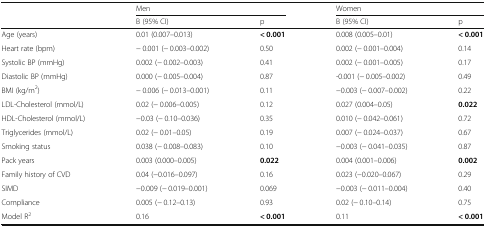
<table><thead><tr><td rowspan="2"></td><td colspan="2"><b>Men</b></td><td colspan="2"><b>Women</b></td></tr><tr><td><b>B (95% CI)</b></td><td><b>p</b></td><td><b>B (95% CI)</b></td><td><b>p</b></td></tr></thead><tbody><tr><td>Age (years)</td><td>0.01 (0.007–0.013)</td><td><b>&lt; 0.001</b></td><td>0.008 (0.005–0.01)</td><td><b>&lt; 0.001</b></td></tr><tr><td>Heart rate (bpm)</td><td>− 0.001 (− 0.003–0.002)</td><td>0.50</td><td>0.002 (− 0.001–0.004)</td><td>0.14</td></tr><tr><td>Systolic BP (mmHg)</td><td>0.002 (− 0.002–0.003)</td><td>0.41</td><td>0.002 (− 0.001–0.005)</td><td>0.17</td></tr><tr><td>Diastolic BP (mmHg)</td><td>0.000 (− 0.005–0.004)</td><td>0.87</td><td>-0.001 (− 0.005–0.002)</td><td>0.49</td></tr><tr><td>BMI (kg/m<sup>2</sup>)</td><td>− 0.006 (− 0.013–0.001)</td><td>0.11</td><td>−0.003 (− 0.007–0.002)</td><td>0.22</td></tr><tr><td>LDL-Cholesterol (mmol/L)</td><td>0.02 (− 0.006–0.005)</td><td>0.12</td><td>0.027 (0.004–0.05)</td><td><b>0.022</b></td></tr><tr><td>HDL-Cholesterol (mmol/L)</td><td>−0.03 (− 0.10–0.036)</td><td>0.35</td><td>0.010 (− 0.042–0.061)</td><td>0.72</td></tr><tr><td>Triglycerides (mmol/L)</td><td>0.02 (− 0.01–0.05)</td><td>0.19</td><td>0.007 (− 0.024–0.037)</td><td>0.67</td></tr><tr><td>Smoking status</td><td>0.038 (− 0.008–0.083)</td><td>0.10</td><td>−0.003 (− 0.041–0.035)</td><td>0.87</td></tr><tr><td>Pack years</td><td>0.003 (0.000–0.005)</td><td><b>0.022</b></td><td>0.004 (0.001–0.006)</td><td><b>0.002</b></td></tr><tr><td>Family history of CVD</td><td>0.04 (−0.016–0.097)</td><td>0.16</td><td>0.023 (−0.020–0.067)</td><td>0.29</td></tr><tr><td>SIMD</td><td>−0.009 (− 0.019–0.001)</td><td>0.069</td><td>−0.003 (− 0.011–0.004)</td><td>0.40</td></tr><tr><td>Compliance</td><td>0.005 (− 0.12–0.13)</td><td>0.93</td><td>0.02 (− 0.10–0.14)</td><td>0.75</td></tr><tr><td>Model R<sup>2</sup></td><td>0.16</td><td><b>&lt; 0.001</b></td><td>0.11</td><td><b>&lt; 0.001</b></td></tr></tbody></table>